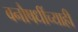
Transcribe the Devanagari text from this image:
वनौषधींच्याही